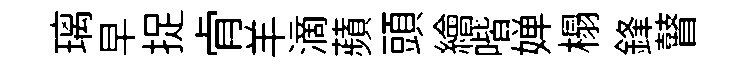
璃早捉肻羊滴蘋頭繪喈婵榻鋒瞽